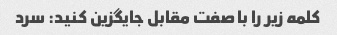
کلمه زیر را با صفت مقابل جایگزین کنید: سرد